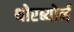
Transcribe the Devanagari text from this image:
थोरब्योर्न